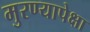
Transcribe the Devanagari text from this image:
मुरण्यापेक्षा